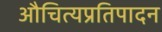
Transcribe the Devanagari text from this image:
औचित्यप्रतिपादन